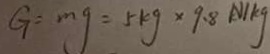
G = m g = 5 k g \times 9 . 8 N / k g